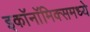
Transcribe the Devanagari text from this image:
इकाॅनाॅमिक्समध्ये